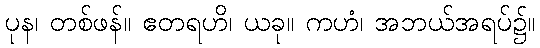
ပုန၊ တစ်ဖန်။ ဧတရဟိ၊ ယခု။ ကဟံ၊ အဘယ်အရပ်၌။